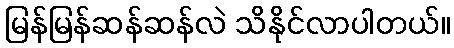
မြန်မြန်ဆန်ဆန်လဲ သိနိုင်လာပါတယ်။